Civil Veterinary Dept. Bombay admin report 1923-31 - 1923-1931
Year: 1923
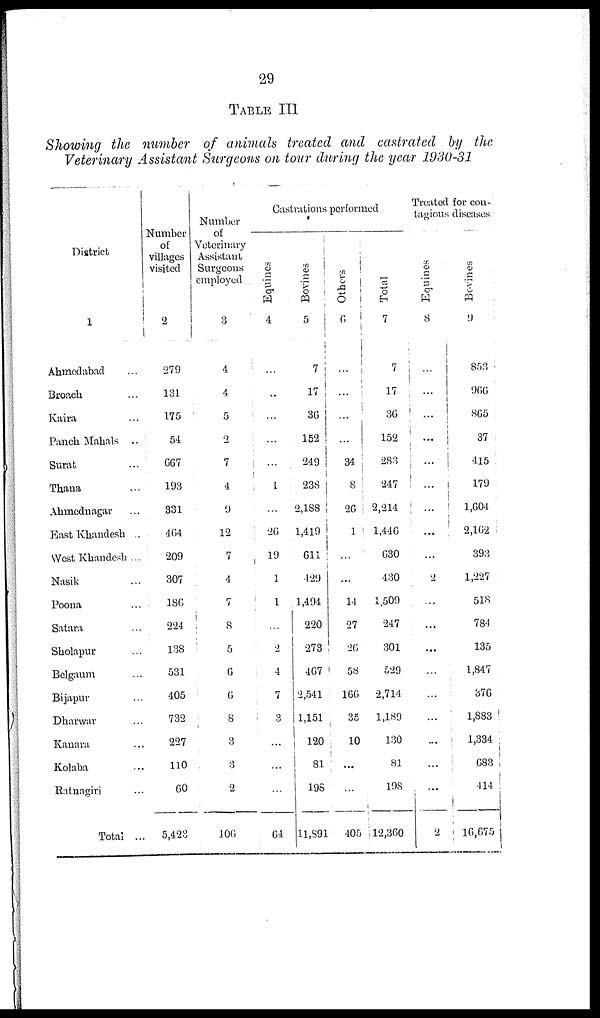
29
TABLE III
Showing the number of animals treated and castrated by the
Veterinary Assistant Surgeons on tour during the year 1930-31
District
1
Ahmedabad ...
Broach ...
Kaira ...
Panch Mahals ...
Surat ...
Thana ...
Ahmednagar ...
East Khandesh ..
West Khandesh...
Nasik ...
Poona ...
Satara ...
Sholapur ...
Belgaum ...
Bijapur ...
Dharwar ...
Kanara ...
Kolaba ...
Ratnagiri ...
Total ...
Number
of
villages
visited
2
279
131
175
54
667
193
331
464
209
307
186
224
138
531
405
732
227
110
60
5,423
Number
of
Veterinary
Assistant
Surgeons
employed
3
4
4
5
2
7
4
9
12
7
4
7
8
5
6
6
8
3
3
2
106
Castrations performed
Equines
4
...
..
...
...
...
1
...
26
19
1
1
...
2
4
7
3
...
...
...
64
Bovines
5
7
17
36
152
249
238
2,188
1,419
611
429
1,494
220
273
467
2,541
1,151
120
81
198
11,891
Others
6
...
...
...
...
34
8
26
1
...
...
14
27
26
58
166
35
10
...
...
405
Total
7
7
17
36
152
283
247
2,214
1,446
630
430
1,509
247
301
529
2,714
1,189
130
81
198
12,360
Treated for con-
tagious diseases
Equities
8
...
...
...
...
...
...
...
...
...
2
...
...
...
...
...
...
...
...
...
2
Bovines
9
853
966
865
37
415
179
1,604
2,162
393
1,227
518
784
135
1,847
376
1,883
1,334
683
414
16,675